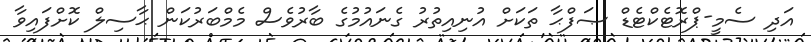
އަދި ސެމީ-ޕްރޮޓެކްޓެޑް ޞަފްޙާ ތަކަށް އުނިއިތުރު ގެނައުމުގެ ބާރުވެސް މެމްބަރުކަން ޙާސިލް ކޮށްފައިވާ